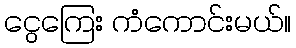
ငွေကြေး ကံကောင်းမယ်။